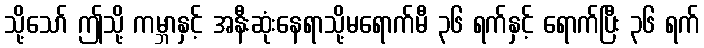
သို့သော် ဤသို့ ကမ္ဘာနှင့် အနီးဆုံးနေရာသို့မရောက်မီ ၃၆ ရက်နှင့် ရောက်ပြီး ၃၆ ရက်